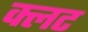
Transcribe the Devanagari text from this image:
क्लट